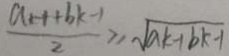
\frac { a _ { n + 1 } + b k - 1 } { 2 } \geq \sqrt { a k - b k - 1 }